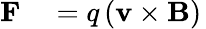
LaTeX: {\begin{array}{rl}{\mathbf{F}}&{{}=q\left(\mathbf{v}\times\mathbf{B}\right)}\end{array}}\,